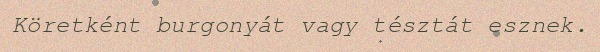
Köretként burgonyát vagy tésztát esznek.